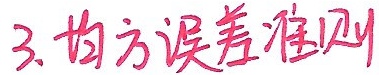
3. 均方误差准则